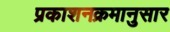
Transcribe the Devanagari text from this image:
प्रकाशनक्रमानुसार